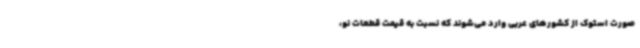
صورت استوک از کشورهای عربی وارد می‌شوند که نسبت به قیمت قطعات نو،